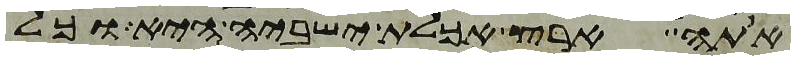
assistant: אתה ארץ אכלת ישביה היא וכל